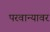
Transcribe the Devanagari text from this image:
परवान्यावर